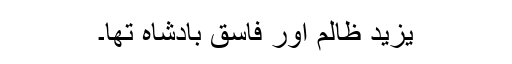
یزید ظالم اور فاسق بادشاہ تھا۔